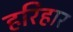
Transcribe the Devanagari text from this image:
हरिहार